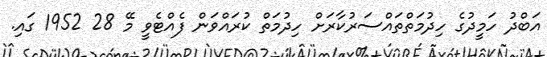
އަބްދު ހަމީދުގެ ހިދުމަތްތައްސަރުކާރަށް ހިދުމަތް ކުރައްވަން ފެއްޓެވީ މޭ 28 1952 ގައި.